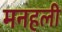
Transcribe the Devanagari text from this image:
मनहली